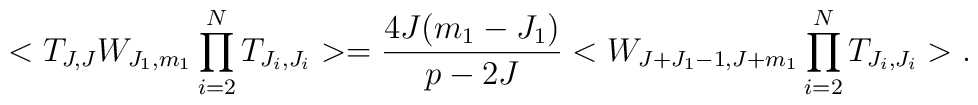
<T_{J,J}W_{J_{1},m_{1}}\prod _{i=2}^{N} T_{J_{i},J_{i}}>= \frac{4J(m_{1}-J_{1})}{p-2J} <W_{J+J_{1}-1,J+m_{1}}\prod_{i=2}^{N}T_{J_{i},J_{i}}> .